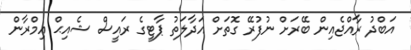
އަބްދު ރާއްޖެއިން ބޭރަށް ނުފުރޭ ގޮތަށް އަދާލަތު ޕާޓީގެ ރައީސް ޝެއިޙް އިމްރާން